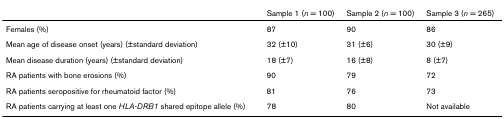
<table><thead><tr><td></td><td><b>Sample 1 (<i>n </i>= 100)</b></td><td><b>Sample 2 (<i>n </i>= 100)</b></td><td><b>Sample 3 (<i>n </i>= 265)</b></td></tr></thead><tbody><tr><td>Females (%)</td><td>87</td><td>90</td><td>86</td></tr><tr><td>Mean age of disease onset (years) (±standard deviation)</td><td>32 (±10)</td><td>31 (±6)</td><td>30 (±9)</td></tr><tr><td>Mean disease duration (years) (±standard deviation)</td><td>18 (±7)</td><td>16 (±8)</td><td>8 (±7)</td></tr><tr><td>RA patients with bone erosions (%)</td><td>90</td><td>79</td><td>72</td></tr><tr><td>RA patients seropositive for rheumatoid factor (%)</td><td>81</td><td>76</td><td>73</td></tr><tr><td>RA patients carrying at least one <i>HLA-DRB1 </i>shared epitope allele (%)</td><td>78</td><td>80</td><td>Not available</td></tr></tbody></table>